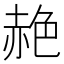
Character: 赩